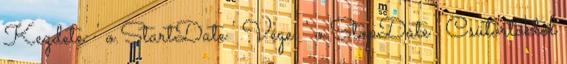
Kezdete: ' o.StartDate ' Vége: ' o.StopDate ' Csütörtöktől